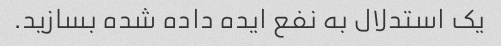
یک استدلال به نفع ایده داده شده بسازید.